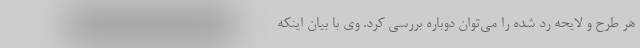
هر طرح و لایحه‌ رد شده را می‌توان دوباره بررسی کرد. وی با بیان اینکه